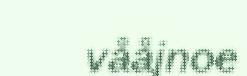
vååjnoe